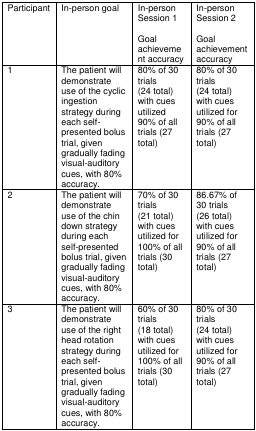
<table><thead><tr><td><b>Participant</b></td><td><b>In-person goal</b></td><td><b>In-person Session 1Goal achievement accuracy</b></td><td><b>In-person Session 2Goal achievement accuracy</b></td></tr></thead><tbody><tr><td>1</td><td>The patient will demonstrate use of the cyclic ingestion strategy during each self-presented bolus trial, given gradually fading visual-auditory cues, with 80% accuracy.</td><td>80% of 30 trials(24 total) with cues utilized 90% of all trials (27 total)</td><td>80% of 30 trials(24 total) with cues utilized for 90% of all trials (27 total)</td></tr><tr><td>2</td><td>The patient will demonstrate use of the chin down strategy during each self-presented bolus trial, given gradually fading visual-auditory cues, with 80% accuracy.</td><td>70% of 30 trials(21 total) with cues utilized for 100% of all trials (30 total)</td><td>86.67% of 30 trials(26 total) with cues utilized for 90% of all trials (27 total)</td></tr><tr><td>3</td><td>The patient will demonstrate use of the right head rotation strategy during each self-presented bolus trial, given gradually fading visual-auditory cues, with 80% accuracy.</td><td>60% of 30 trials(18 total) with cues utilized for 100% of all trials (30 total)</td><td>80% of 30 trials(24 total) with cues utilized for 90% of all trials (27 total)</td></tr></tbody></table>